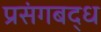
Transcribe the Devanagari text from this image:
प्रसंगबद्ध